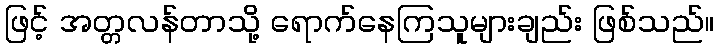
ဖြင့် အတ္တလန်တာသို့ ရောက်နေကြသူများချည်း ဖြစ်သည်။